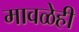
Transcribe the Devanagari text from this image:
मावळेही